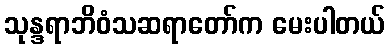
သုန္ဒရာဘိဝံသဆရာတော်က မေးပါတယ်